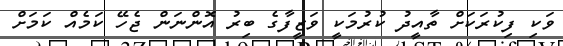
ވަކި ފިކުރަކަށް ތާއީދު ކުރުމަކީ ވަޒީފާގެ ބިރު އޮންނަން ޖެހޭ ކަމެއް ކަމަށް